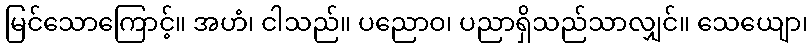
မြင်သောကြောင့်။ အဟံ၊ ငါသည်။ ပညောဝ၊ ပညာရှိသည်သာလျှင်။ သေယျော၊